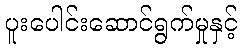
ပူးပေါင်းဆောင်ရွက်မှုနှင့်